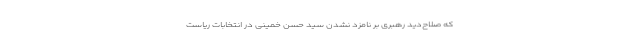
که صلاح‌دیدِ رهبری بر نامزد نشدن سید حسن خمینی در انتخابات ریاست